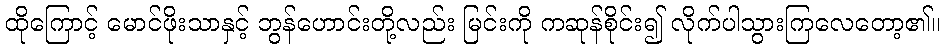
ထိုကြောင့် မောင်ဖိုးသာနှင့် ဘွန်ဟောင်းတို့လည်း မြင်းကို ကဆုန်စိုင်း၍ လိုက်ပါသွားကြလေတော့၏။